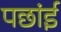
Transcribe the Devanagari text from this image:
पछांई